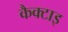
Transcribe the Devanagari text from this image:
कैक्टाइ